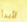
لأبدأ